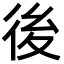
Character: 後